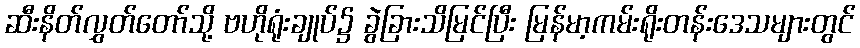
ဆီးနိတ်လွှတ်တော်သို့ ဗဟိုရုံးချုပ်၌ ခွဲခြားသိမြင်ပြီး မြန်မာ့ကမ်းရိုးတန်းဒေသများတွင်